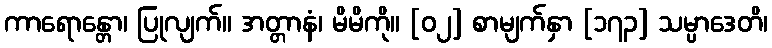
ကာရောန္တော၊ ပြုလျက်။ အတ္တာနံ၊ မိမိကို။ [၀၂] စာမျက်နှာ [၁၇၃] သမ္ပာဒေတိ၊